Vaccination in Burma 1920-1933 - 1920-1933
Year: 1920
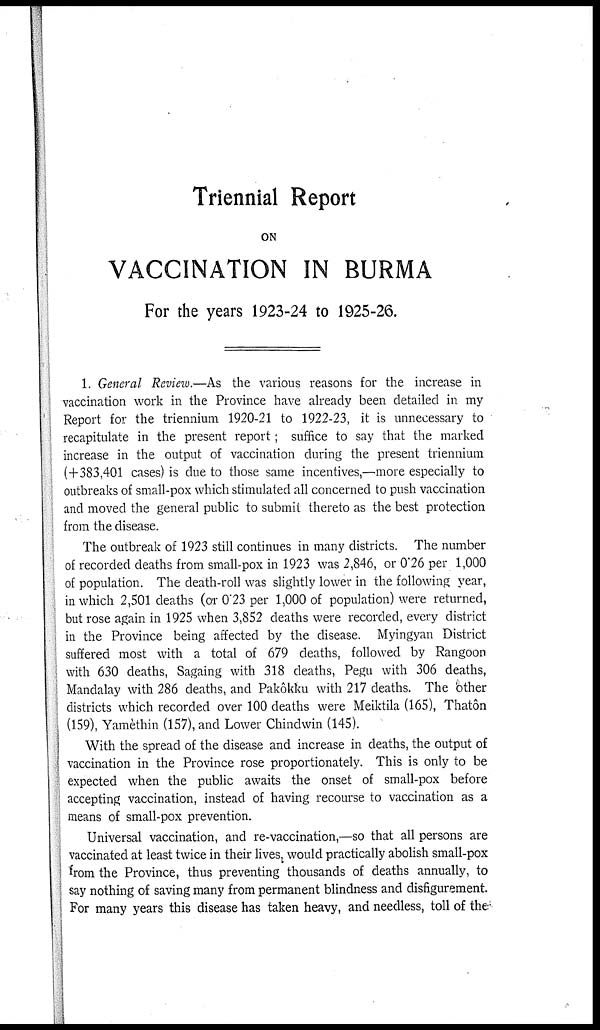
Triennial Report
ON
VACCINATION IN BURMA
For the years 1923-24 to 1925-26.
1. General Review.—As the various reasons for the increase in
vaccination work in the Province have already been detailed in my
Report for the triennium 1920-21 to 1922-23, it is unnecessary to
recapitulate in the present report; suffice to say that the marked
increase in the output of vaccination during the present triennium
(+383,401 cases) is due to those same incentives,—more especially to
outbreaks of small-pox which stimulated all concerned to push vaccination
and moved the general public to submit thereto as the best protection
from the disease.
The outbreak of 1923 still continues in many districts. The number
of recorded deaths from small-pox in 1923 was 2,846, or 0.26 per 1,000
of population. The death-roll was slightly lower in the following year,
in which 2,501 deaths (or 0'23 per 1,000 of population) were returned,
but rose again in 1925 when 3,852 deaths were recorded, every district
in the Province being affected by the disease. Myingyan District
suffered most with a total of 679 deaths, followed by Rangoon
with 630 deaths, Sagaing with 318 deaths, Pegu with 306 deaths,
Mandalay with 286 deaths, and Pakôkku with 217 deaths. The other
districts which recorded over 100 deaths were Meiktila (165), Thatôn
(159), Yamèthin (157), and Lower Chindwin (145).
With the spread of the disease and increase in deaths, the output of
vaccination in the Province rose proportionately. This is only to be
expected when the public awaits the onset of small-pox before
accepting vaccination, instead of having recourse to vaccination as a
means of small-pox prevention.
Universal vaccination, and re-vaccination,—so that all persons are
vaccinated at least twice in their lives would practically abolish small-pox
from the Province, thus preventing thousands of deaths annually, to
say nothing of saving many from permanent blindness and disfigurement.
For many years this disease has taken heavy, and needless, toll of the